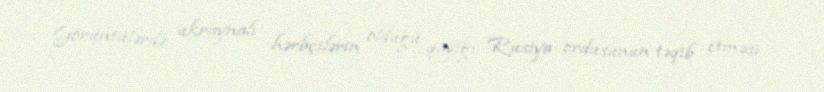
Görüntülərdə ukraynalı hərbçilərin olduğu qayığı Rusiya ordusunun təqib etməsi